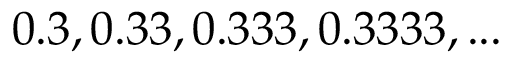
0 . 3 , 0 . 3 3 , 0 . 3 3 3 , 0 . 3 3 3 3 , . . .